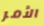
الأمر